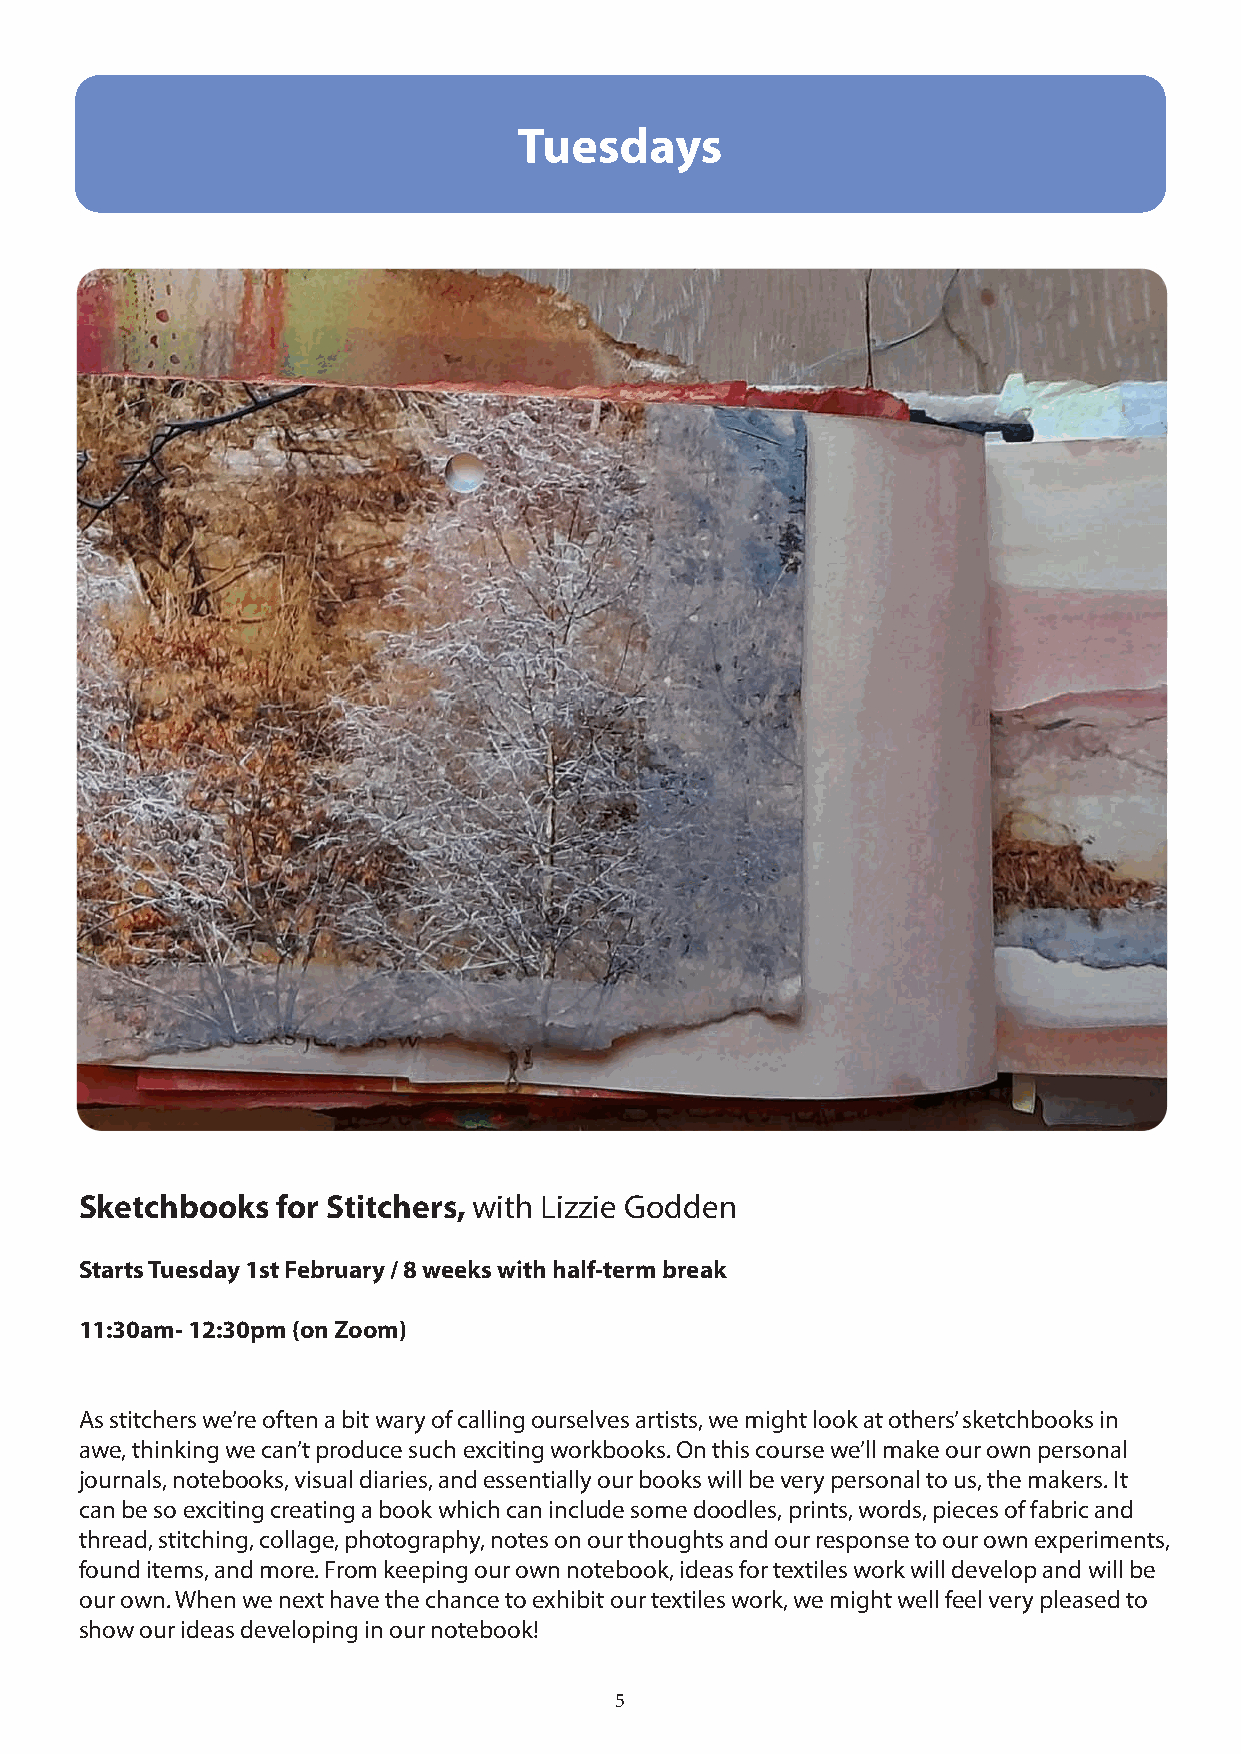
Tuesdays
 Sketchbooks  for Stitchers, with Lizzie Godden
 Starts Tuesday 1st February / 8 weeks with half-term break
 11:30am- 12:30pm (on Zoom)
 As stitchers we’re often a bit wary of calling ourselves artists, we might look at others’ sketchbooks in
 awe, thinking we can’t produce such exciting workbooks. On this course we’ll make our own personal
 journals, notebooks, visual diaries, and essentially our books will be very personal to us, the makers. It
 can be so exciting creating a book which can include some doodles, prints, words, pieces of fabric and
 thread, stitching, collage, photography, notes on our thoughts and our response to our own experiments,
 found items, and more. From keeping our own notebook, ideas for textiles work will develop and will be
 our own. When we next have the chance to exhibit our textiles work, we might well feel very pleased to
 show our ideas developing in our notebook!
 5